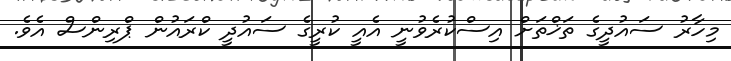
މިހާރު ސައުދީގެ ތަޚްތަށް އިސްކުރެވުނީ އެއީ ކުރީގެ ސައުދީ ކްރައުން ޕްރިންސް އެވެ.